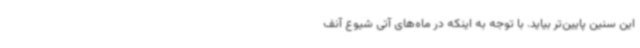
این سنین پایین‌تر بیاید. با توجه به اینکه در ماه‌های آتی شیوع آنف